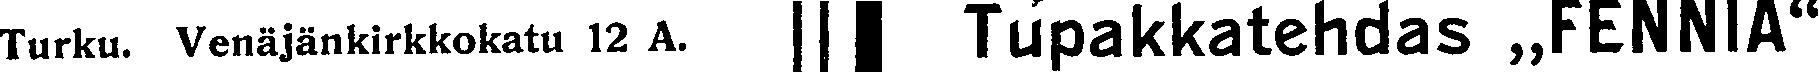
Turku, Venäjänkirkkokatu 12 A. Tupakkatehdas „FENNIA"